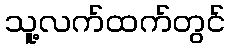
သူ့လက်ထက်တွင်